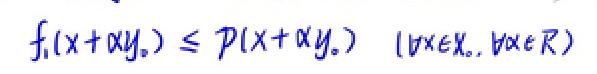
\[ f_1(x + \alpha y_s) \leq p(x + \alpha y_s) \quad (\forall x \in X_s, \forall \alpha \in \mathbb{R}) \]